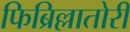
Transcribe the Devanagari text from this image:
फिब्रिल्लातोरी